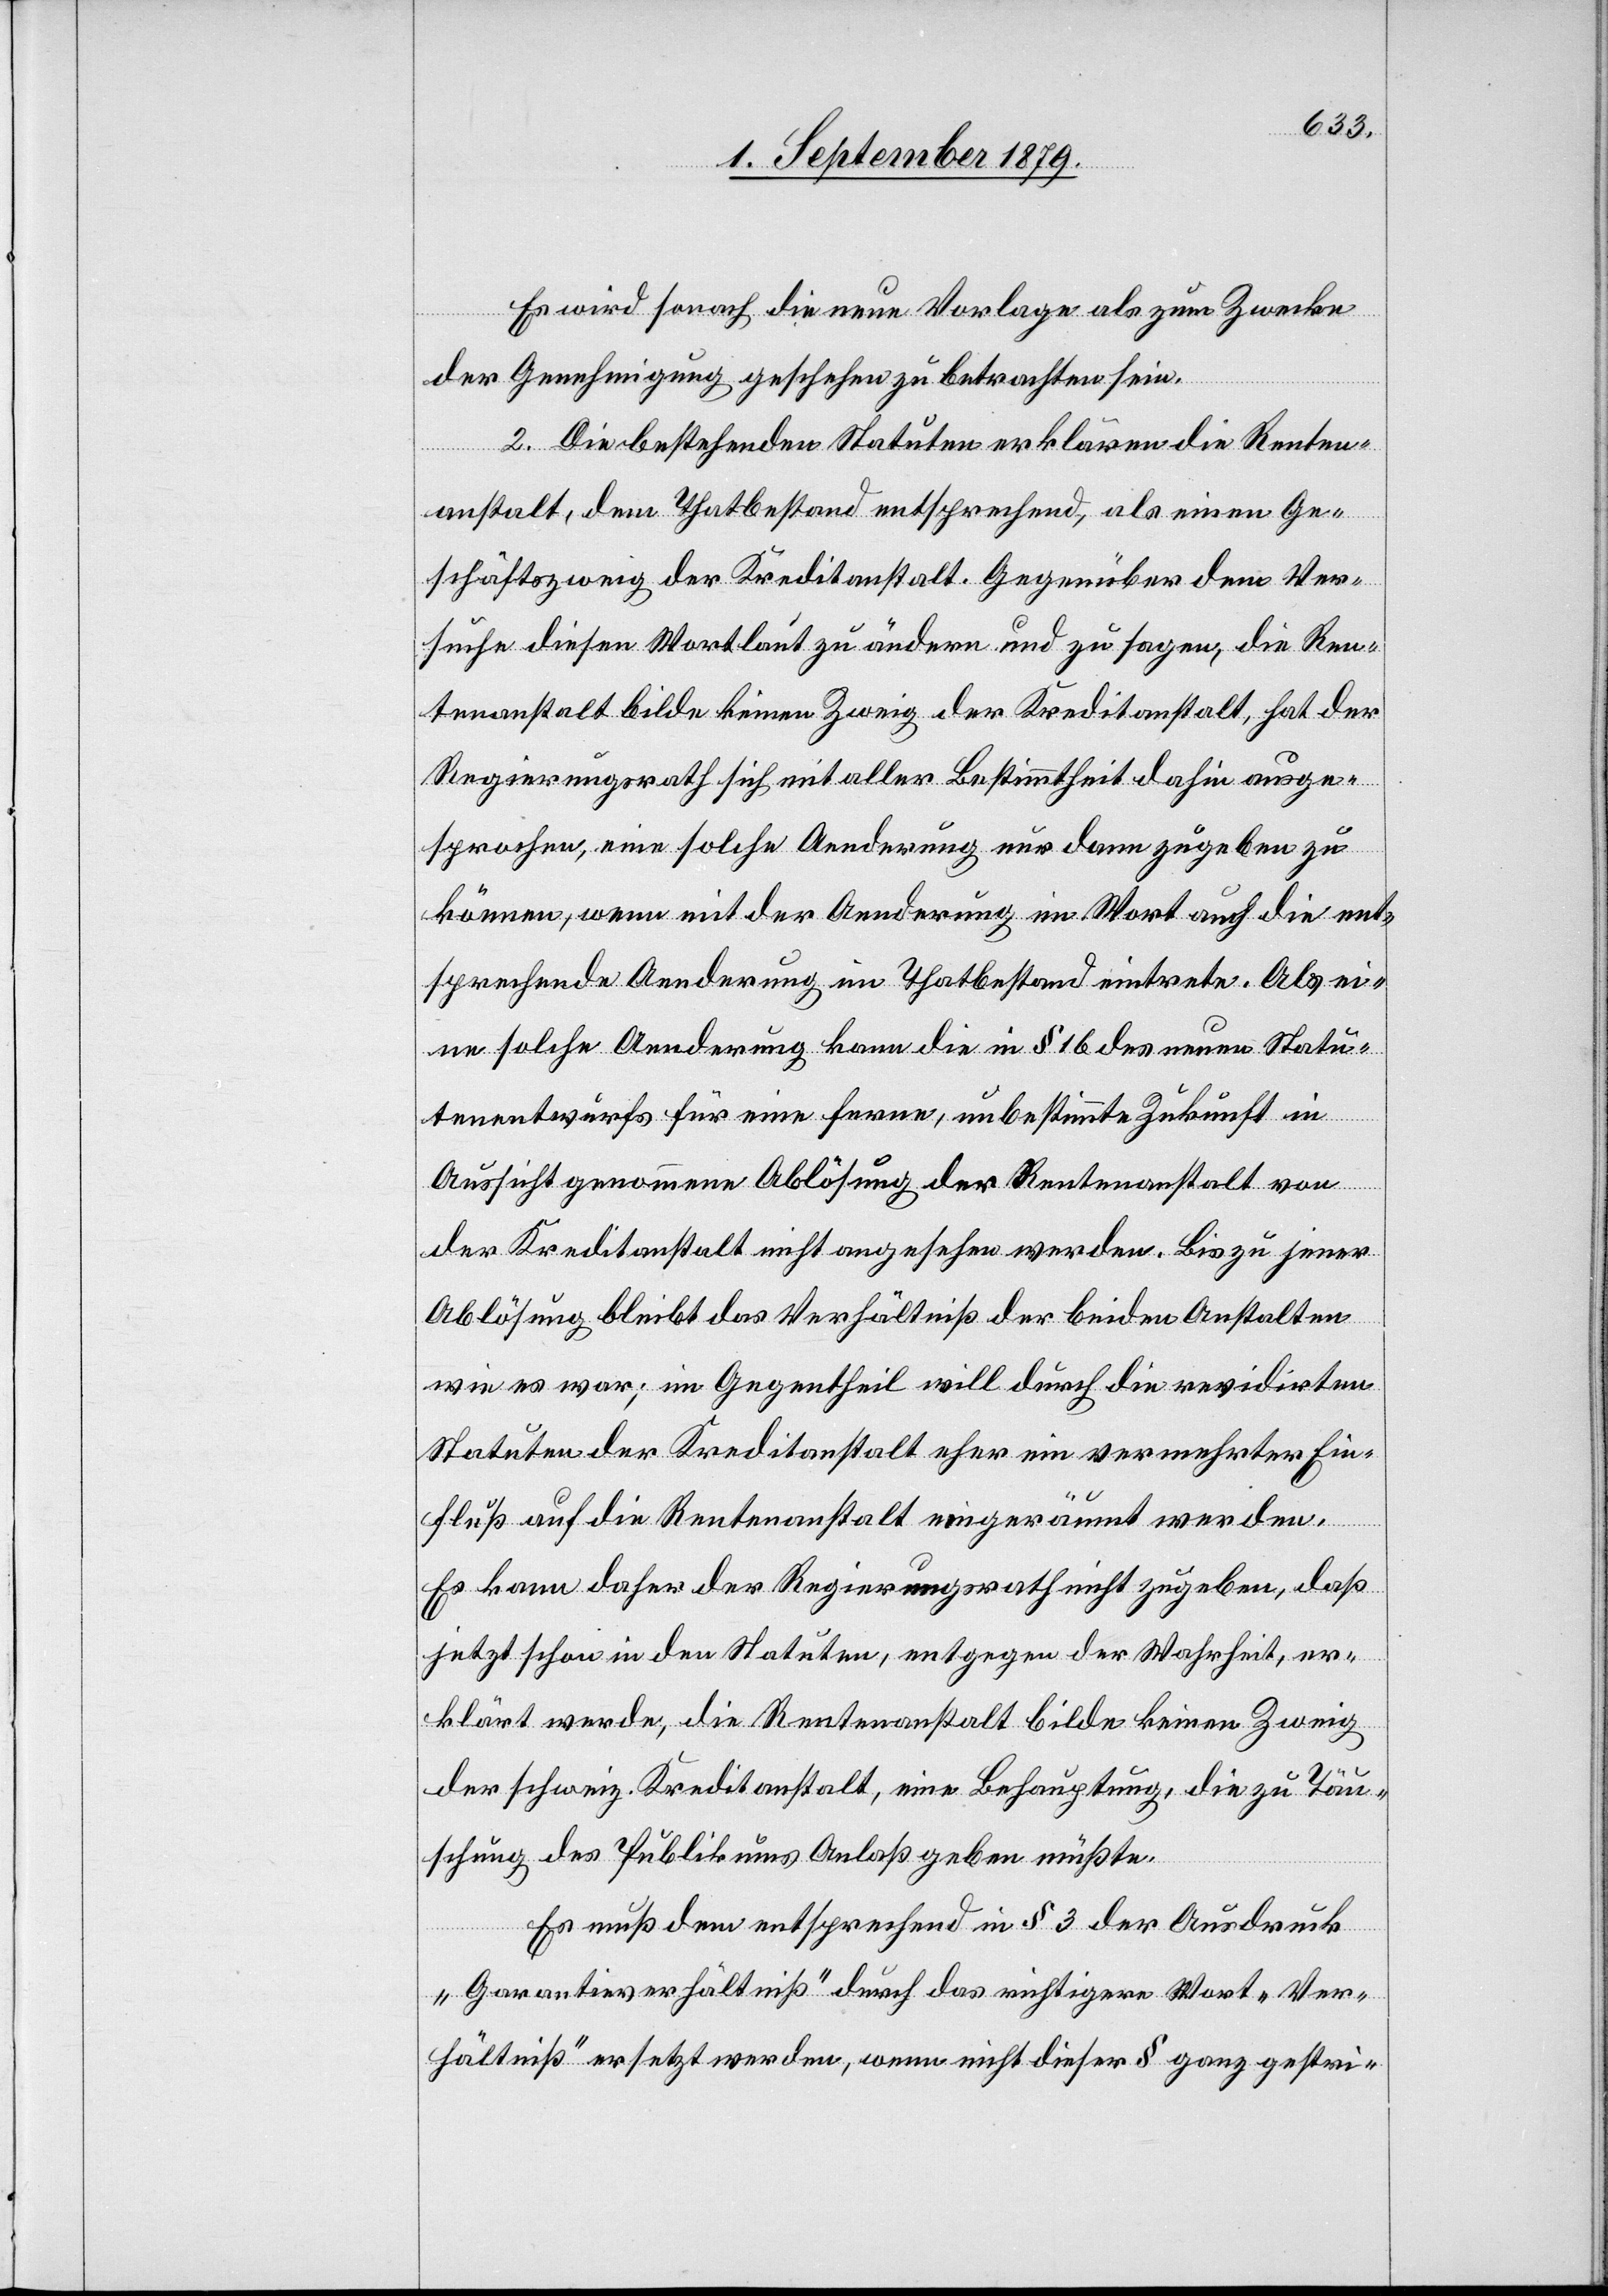
Es wird sonach die neue Vorlage als zum Zwecke
der Genehmigung geschehen zu betrachten sein.
2. Die bestehenden Statuten erklären die Renten¬
anstalt, dem Thatbestand entsprechend, als einen Ge¬
schäftszweig der Kreditanstalt. Gegenüber dem Ver¬
suche diesen Wortlaut zu ändern und zu sagen, die Ren¬
tenanstalt bilde keinen Zweig der Kreditanstalt, hat der
Regierungsrath sich mit aller Bestimmtheit dahin ausge¬
sprochen, eine solche Aenderung nur dann zugeben zu
können, wenn mit der Aenderung im Wort auch die ent¬
sprechende Aenderung im Thatbestand eintrete. Als ei¬
ne solche Aenderung kann die in § 16 des neuen Statu¬
tenentwurfs für eine ferne, unbestimmte Zukunft in
Aussicht genommene Ablösung der Rentenanstalt von
der Kreditanstalt nicht angesehen werden. Bis zu jener
Ablösung bleibt das Verhältniß der beiden Anstalten
wie es war; im Gegentheil will durch die revidirten
Statuten der Kreditanstalt eher ein vermehrter Ein¬
fluß auf die Rentenanstalt eingeräumt werden.
Es kann daher der Regierungsrath nicht zugeben, daß
jetzt schon in den Statuten, entgegen der Wahrheit, er¬
klärt werden, die Rentenanstalt bilde keinen Zweig
der schweiz. Kreditanstalt, eine Behauptung, die zu Täu¬
schung des Publikums Anlaß geben müßte.
Es muß dem entsprechend in § 3 der Ausdruck
„Garantieverhältniß“ durch das richtigere Wort „Ver¬
hältniß“ ersetzt werden, wenn nicht dieser § ganz gestri-